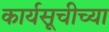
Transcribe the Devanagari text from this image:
कार्यसूचीच्या